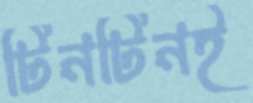
টিনটিনই